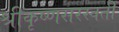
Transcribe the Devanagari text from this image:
श्रीकृष्णसरस्वती